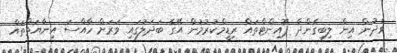
ވެދުން އިން ލިބިގެންދާ ޕޮއިންޓްތައް ރިޑީމްކުރުމުން އޭގެ ބަދަލުގައި ވަރަށް ހާއްސަ އިނާޔަތްތައް